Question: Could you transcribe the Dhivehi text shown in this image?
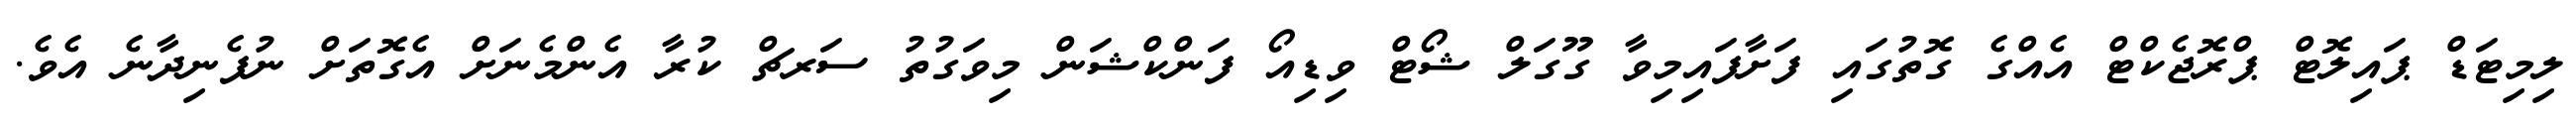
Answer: ލިމިޓަޑް ޕައިލޮޓް ޕްރޮޖެކްޓް އެއްގެ ގޮތުގައި ފަށާފައިމިވާ ގޫގަލް ޝޯޓް ވިޑިއޯ ފަންކްޝަން މިވަގުތު ސަރޗް ކުރާ އެންމެނަށް އެގޮތަށް ނުފެނިދާނެ އެވެ.